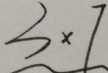
3 \times 7